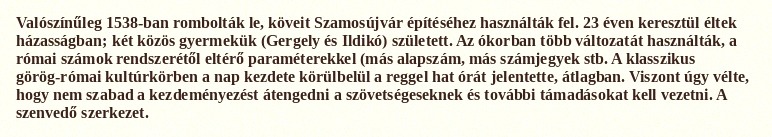
Valószínűleg 1538-ban rombolták le, köveit Szamosújvár építéséhez használták fel. 23 éven keresztül éltek házasságban; két közös gyermekük (Gergely és Ildikó) született. Az ókorban több változatát használták, a római számok rendszerétől eltérő paraméterekkel (más alapszám, más számjegyek stb. A klasszikus görög-római kultúrkörben a nap kezdete körülbelül a reggel hat órát jelentette, átlagban. Viszont úgy vélte, hogy nem szabad a kezdeményezést átengedni a szövetségeseknek és további támadásokat kell vezetni. A szenvedő szerkezet.